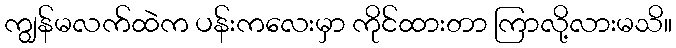
ကျွန်မလက်ထဲက ပန်းကလေးမှာ ကိုင်ထားတာ ကြာလို့လားမသိ။